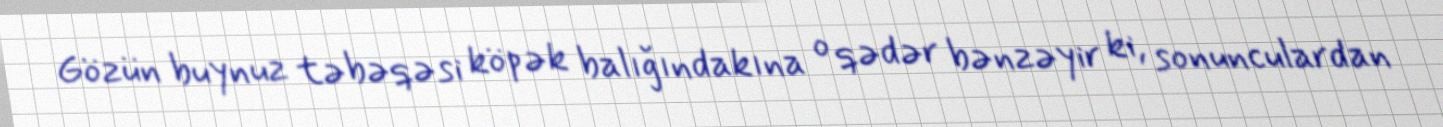
Gözün buynuz təbəqəsi köpək balığındakına o qədər bənzəyir ki, sonunculardan